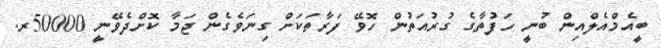
ބީއެމްއެލްއިން ބުނީ ހަފުތާގެ ގުރުއަތުން ހޮވޭ ފަރާތަކަށް ގިނަވެގެން ޖަމާ ކޮށްދެވޭނީ 50000ރ.